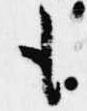
も